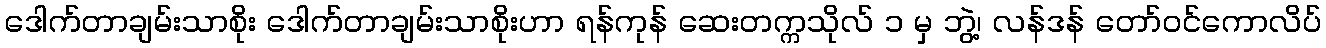
ဒေါက်တာချမ်းသာစိုး ဒေါက်တာချမ်းသာစိုးဟာ ရန်ကုန် ဆေးတက္ကသိုလ် ၁ မှ ဘွဲ့၊ လန်ဒန် တော်ဝင်ကောလိပ်